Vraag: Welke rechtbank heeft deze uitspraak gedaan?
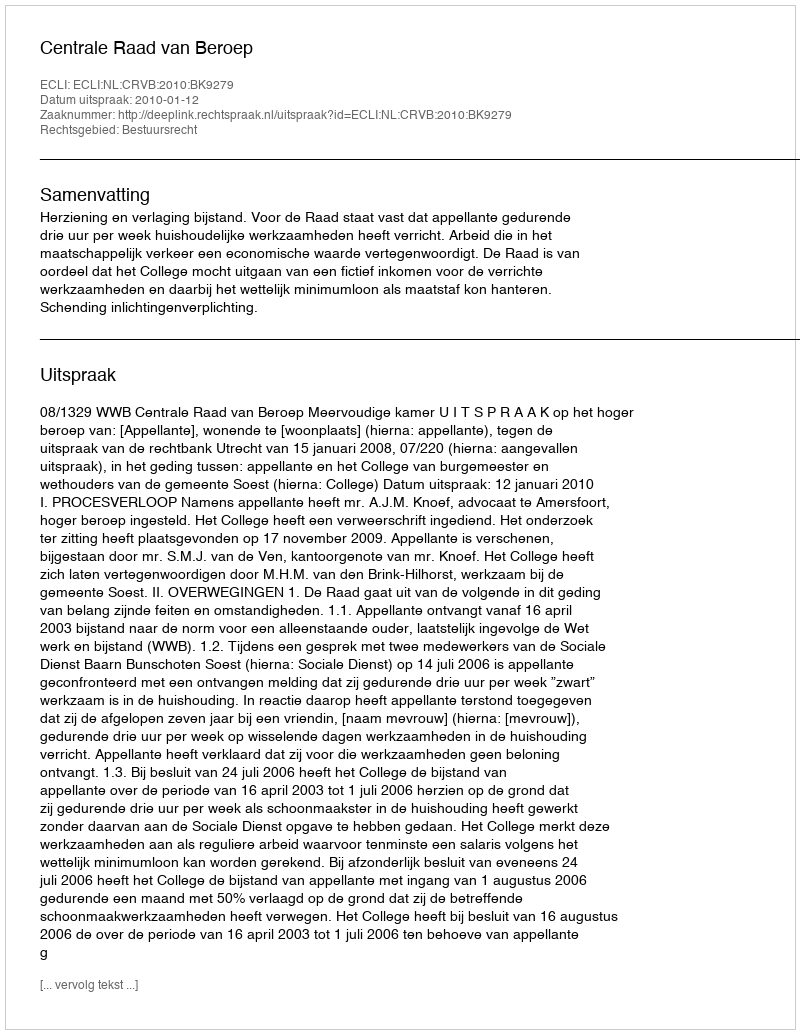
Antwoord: Centrale Raad van Beroep